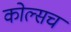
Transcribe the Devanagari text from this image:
कोल्सच